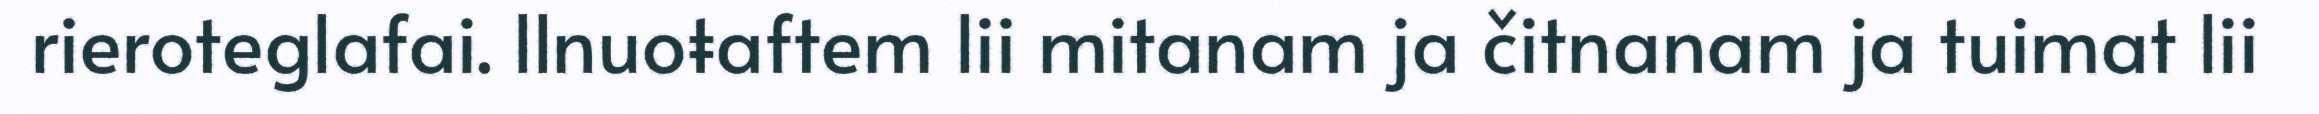
rieroteglafai. llnuoŧaftem lii mitanam ja čitnanam ja tuimat lii